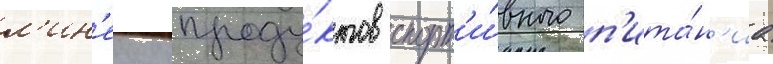
л'ин'еику проду́ктов спорт'и́вного п'ита́н'иа